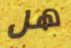
هل